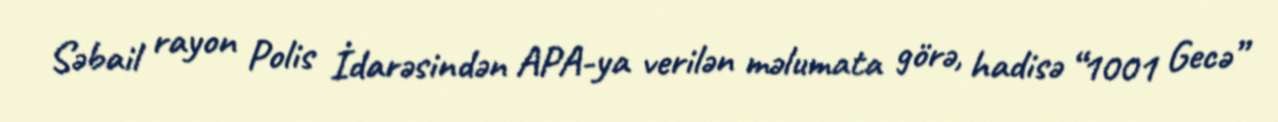
Səbail rayon Polis İdarəsindən APA-ya verilən məlumata görə, hadisə “1001 Gecə”